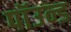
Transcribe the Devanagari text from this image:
पॉउन्ड